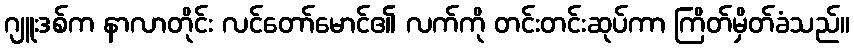
ဂျူးဒစ်က နာလာတိုင်း လင်တော်မောင်၏ လက်ကို တင်းတင်းဆုပ်ကာ ကြိတ်မှိတ်ခံသည်။